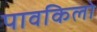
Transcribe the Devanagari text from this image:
पावकिलो